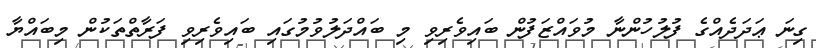
ގިނަ ޢަދަދެއްގެ ފުލުހުންނާ މުވައްޒަފުން ބައިވެރިވި މި ބައްދަލުވުމުގައި ބައިވެރިވި ފަރާތްތަކުން މިބައްޔާ